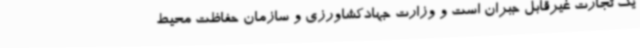
یک تجارت غیرقابل جبران است و وزارت جهادکشاورزی و سازمان حفاظت محیط